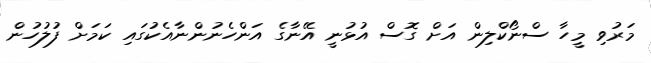
މަރުވި މީހާ ސްނޯކްލިން އަށް ގޮސް އުޅުނީ އޭނާގެ އަންހެނުންނާއެކުގައި ކަމަށް ފުލުހުން